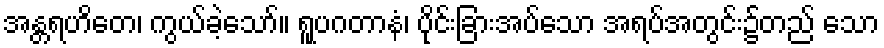
အန္တရဟိတေ၊ ကွယ်ခဲ့သော်။ ရူပဂတာနံ၊ ပိုင်းခြားအပ်သော အရပ်အတွင်း၌တည် သော